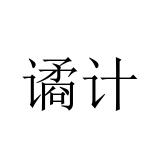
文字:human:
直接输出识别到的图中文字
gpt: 谲计